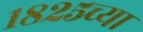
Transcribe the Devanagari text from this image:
१८२५च्या